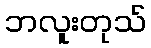
ဘလူးတုသ်